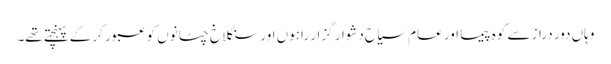
وہاں دور دراز سے کوہ پیما اور عام سیاح دشوار گزار راہوں اور سنگلاخ چٹانوں کو عبور کر کے پہنچتے تھے۔